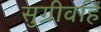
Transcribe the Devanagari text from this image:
सुग्रीवहिं